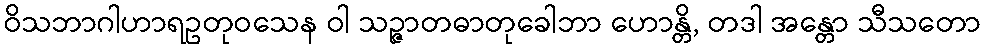
ဝိသဘာဂါဟာရဥတုဝသေန ဝါ သဉ္ဇာတဓာတုခေါဘာ ဟောန္တိ, တဒါ အန္တော သီသတော